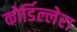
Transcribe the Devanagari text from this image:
कोर्डिल्लेरा